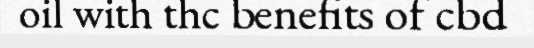
oil with thc benefits of cbd